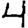
Digit: 4